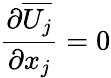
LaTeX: {\frac{\partial\overline{{U_{j}}}}{\partial x_{j}}}=0